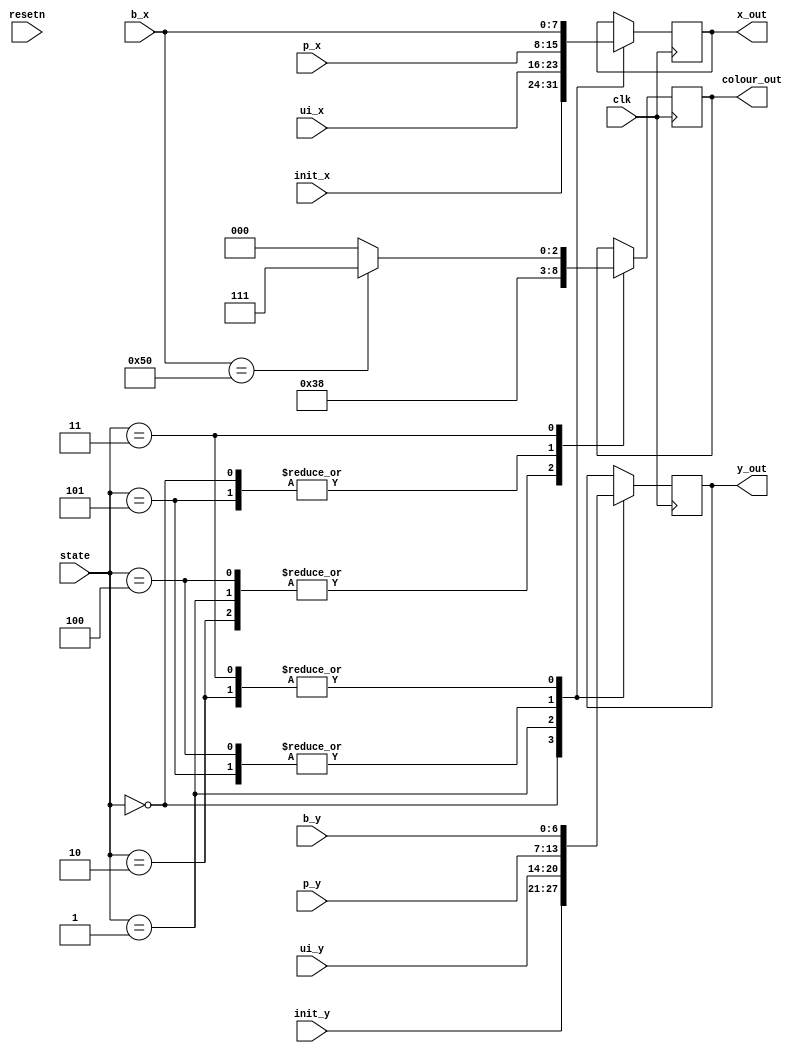
module draw_control_center(input clk, input resetn, input [2:0] state,
	input [7:0] init_x,
	input [6:0] init_y,
	
	input [7:0] ui_x,
	input [6:0] ui_y,
	
	input [7:0] p_x,
	input [6:0] p_y,
	
	input [7:0] b_x,
	input [6:0] b_y,
	
	output reg [7:0] x_out,
	output reg [6:0] y_out,
	output reg [2:0] colour_out
	);
	
	// State table reference
	localparam S_INIT = 3'd0,
				S_DRAW_UI = 3'd1,
				S_DRAW_BALL = 3'd2,
				S_ERASE_BALL = 3'd3,
				S_DRAW_PADDLES = 3'd4,
				S_ERASE_PADDLES = 3'd5;
	
	/* *!?!*
		I should be able to paint as fast as I like,
		but in order to avoid skipping frames, I should
		only update at 60hz
		*!?!*
	*/
	
	// Draw Control Centre
	always@(posedge clk)
	begin
		case(state)
			S_INIT: begin
				x_out <= init_x;
				y_out <= init_y;
				colour_out <= 3'b000;
			end
			S_DRAW_UI: begin
				x_out <= ui_x;
				y_out <= ui_y;
				colour_out <= 3'b111;
			end
			S_DRAW_PADDLES: begin
				x_out <= p_x; // SHOULD BE CONSTANT
				y_out <= p_y;
				colour_out <= 3'b111;
			end
			S_DRAW_BALL: begin
				x_out <= b_x;
				y_out <= b_y;
				colour_out <= 3'b111;
			end
			S_ERASE_PADDLES: begin
				x_out <= p_x;
				y_out <= p_y;
				colour_out <= 3'b000;
			end
			S_ERASE_BALL: begin
				x_out <= b_x;
				y_out <= b_y;
				// Below stops the ball from erasing the middle line
				if (b_x == 8'd80)
					colour_out <= 3'b111;
				else
					colour_out <= 3'b000;
			end
		endcase
	end
endmodule